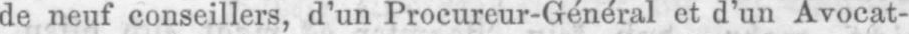
de neuf conseillers, dun Procureur-Général et d’un Avocat-